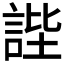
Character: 𧧺